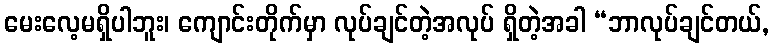
မေးလေ့မရှိပါဘူး၊ ကျောင်းတိုက်မှာ လုပ်ချင်တဲ့အလုပ် ရှိတဲ့အခါ “ဘာလုပ်ချင်တယ်,